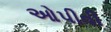
ઓપીવી